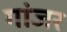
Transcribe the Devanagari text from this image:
गांजर